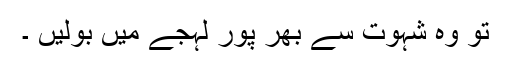
تو وہ شہوت سے بھر پور لہجے میں بولیں ۔